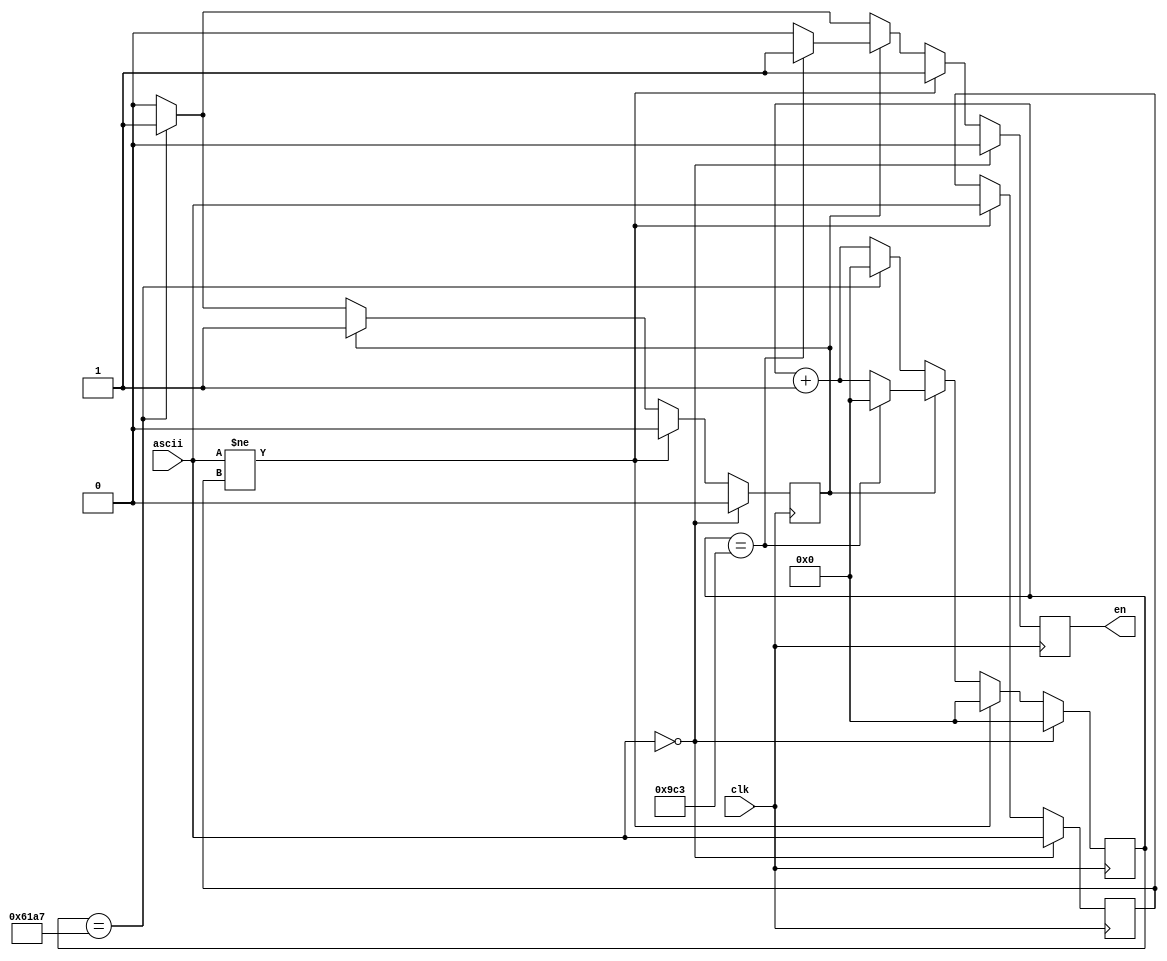
module ascii_cnt(
	input [7:0] ascii,
	input clk,
	output reg en
);

reg [15:0] cnt;
reg long_pressing;
reg [7:0] ascii_tmp;

initial begin
	en <= 0;
	long_pressing <= 0;
	cnt <= 0;
	ascii_tmp <= 8'b0;
end

always @ (posedge clk) begin
	if (ascii == 0) begin
		ascii_tmp <= ascii;
		en <= 0;
		cnt <= 0;
		long_pressing <= 0;
	end
	else if (ascii != ascii_tmp) begin
		ascii_tmp <= ascii;
		en <= 1;
		cnt <= 0;
		long_pressing <= 0;
	end
	else if (long_pressing) begin
		if (cnt == 2499) begin
			en <= 1;
			cnt <= 0;
		end
		else begin
			en <= 0;
			cnt <= cnt + 1;
		end
	end
	else if (cnt == 24999) begin
		en <= 1;
		long_pressing <= 1;
		cnt <= 0;
	end
	else begin
		en <= 0;
		cnt <= cnt + 1;
	end
end

endmodule